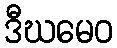
ဒီဃမေဝ